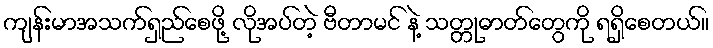
ကျန်းမာအသက်ရှည်စေဖို့ လိုအပ်တဲ့ ဗီတာမင် နဲ့ သတ္တုဓာတ်တွေကို ရရှိစေတယ်။